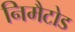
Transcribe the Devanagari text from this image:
निमैटोड